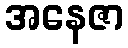
အနေဇာ